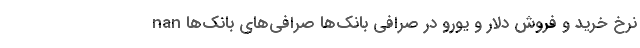
nan نرخ خرید و فروش دلار و یورو در صرافی بانک‌ها صرافی‌های بانک‌ها